Report of the Municipal Commissioner on the plague in Bombay for the year ending 31st May... - Volume 3
Disease focus: Plague
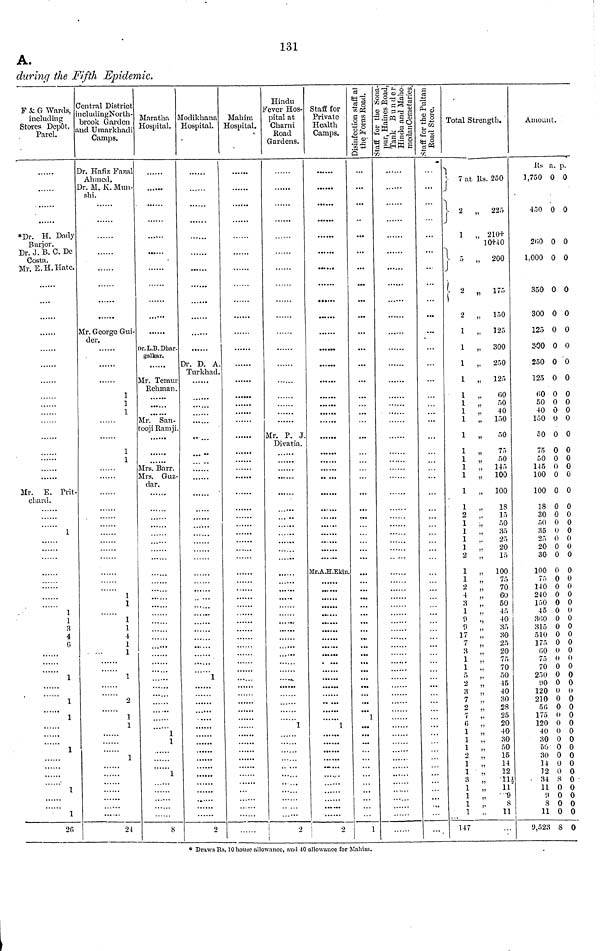
131
A.
during the Fifth Epidemic.
F & G Wards,
including
Stores Depot. ,
Parel.
*Dr. H. Dady
Burjor
Dr. J. B. C. De
Costa.
Mr, E. H. Hate.
Mr E Prit
chard.
1
1
1
3
4
G
1
1
1
1
1
2G
Central District
includingNorth-
brook Garden
and Umarkhadi
Camps.
Dr. Hafiz Fazal
Ahmed.
Dr. M, K. Mun-
shi.
der.
1
1
1
1
1
1
1
1
1
4
1
1
1
2
1
1
1
24
Maratha
Hospital.
galkar.
Mr. Temu
Rehman
Mr San-
tooji Ramji
Mrs Guz-
dar.
1
1
1
8
Modikhana
Hospital.
Dr D A
Turkhad
1
2
Mahim
Hospital.
Hindu
Fever Hos-
pital at
Charni
Road
Gardens.
Mr. P. J.
Divatia.
1
2
Staff for
Private
Health
Camps.
Mr.A.H.Ekin
1
2
Disinfection staff at the Foms Road.
1
Staff for the Sonapur, Haines Road Tank Bunde Hindu and Ma
Staff for the Pultan Road Store.
.,.
Total Strength.
7 at Rs. 250
- 2 „ 225
1
„ 210+
10+40
5
„ 200
2 „ 175
2 „ 150
1
125
1 „ 300
1 „ 250
1 „ 125
1 ..
60
1 ,.
50
1 ..
40
1 „ 150
1 „
50
1 „
75
1 „
50
1 .. 145
1 „ 100
1 „ 100
1 ,.
18
2 „
15
1 •„
50
1 .,
35
1 ..
25
1 ,.
20
2 .,
15
1 „ 100
1 .,
75
2 „
70
4 „
60
3 ,.
50
1 ,.
45
0 .,
40
9 ,, 35
17 ..
30
7 „
25
3 „
20
1 ..
75
1 ,.
70
5 „
50
2 „
45
3 .,
40
7 .,
30
2 ..
28
7 ,.
25
6 ,,
20
1
„
40
1 ,, 30
1 „
50
2 ..
15
1 .,
14
1
,,
12
3 „
11
1 „
11
1 „
9
1 „
8
1 ..
11
147
Amount.
lis a. p.
1,750 0 0
450 0 0
260 0 0
1.000 0 0
350 0 0
300 0 0
125 0 0
500 0 0
250 0 0
125 0 0
60 0 0
50 0 0
40 0 0
150 0 0
50 0 0
75 0 0
50 0 0
145 0 0
100 0 0
100 0 0
18 0 0
30 0 0
50 0 0
35 0 0
25 0 0
20 0 0
30 0 0
100 0 0
75 0 0
140 0 0
240 0 0
150 0 0
45 0 0
360 0 0
315 0 0
510 0 0
175 0 0
60 0 0
75 0 0
70 0 0
250 0 0
90 0 0
120 0 0
210 0 0
56 0 0
175 0 0
120 0 0
40 0 0
30 0 0
50 0 0
30 0 0
14 0 0
12 0 0
34 8 0
11 0 0
9 0 0
8 0 0
11 0 0
9,523 8 0
* Draws Rs. 10 house allowance, and 40 allowance for Mahim.